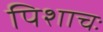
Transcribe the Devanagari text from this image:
पिशाचः